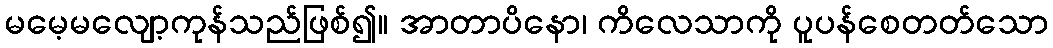
မမေ့မလျော့ကုန်သည်ဖြစ်၍။ အာတာပိနော၊ ကိလေသာကို ပူပန်စေတတ်သော